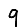
Digit: 9